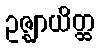
ဥဇ္ဈာယိတ္ထ